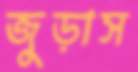
জুড়াস